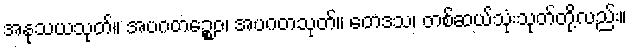
အနုသယသုတ်။ အပဂတဉ္စေဝ၊ အပဂတသုတ်။ တေဒသ၊ တစ်ဆယ်သုံးသုတ်တို့လည်း။